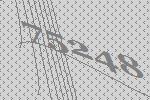
75248